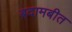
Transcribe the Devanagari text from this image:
बदामबीत